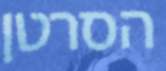
הסרטן